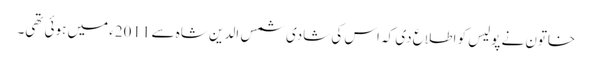
خاتون نے پولیس کو اطلاع دی کہ اس کی شادی شمس الدین شاہ سے 2011ء میں ہوئی تھی۔